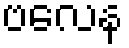
ဗလေန